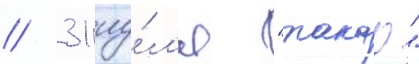
// 31 иу́л'я "такао"